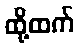
ထို့ထက်